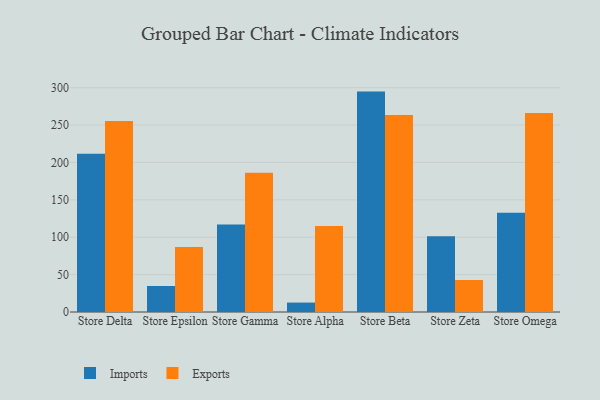
{"axis": {"x": "Store", "y": "Market Share (%)"}, "legend": ["Exports", "Imports"], "data": [{"x": "Store Delta", "y": 211.6, "type": "Imports"}, {"x": "Store Delta", "y": 255.4, "type": "Exports"}, {"x": "Store Epsilon", "y": 34.8, "type": "Imports"}, {"x": "Store Epsilon", "y": 87.1, "type": "Exports"}, {"x": "Store Gamma", "y": 117.1, "type": "Imports"}, {"x": "Store Gamma", "y": 186.1, "type": "Exports"}, {"x": "Store Alpha", "y": 12.6, "type": "Imports"}, {"x": "Store Alpha", "y": 114.9, "type": "Exports"}, {"x": "Store Beta", "y": 294.8, "type": "Imports"}, {"x": "Store Beta", "y": 263.5, "type": "Exports"}, {"x": "Store Zeta", "y": 101.4, "type": "Imports"}, {"x": "Store Zeta", "y": 42.8, "type": "Exports"}, {"x": "Store Omega", "y": 132.6, "type": "Imports"}, {"x": "Store Omega", "y": 266.2, "type": "Exports"}]}